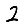
Digit: 2